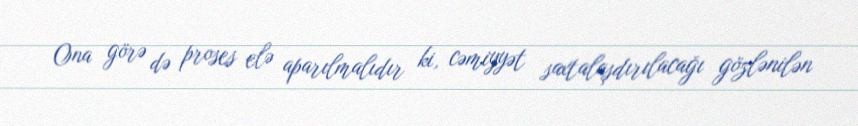
Ona görə də proses elə aparılmalıdır ki, cəmiyyət saxtalaşdırılacağı gözlənilən